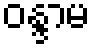
ဝန္ဒာမ